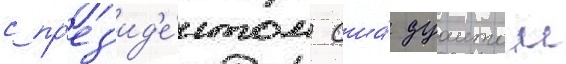
с пр'ез'ид'е́нтом сша́ дуаитом